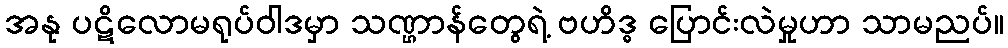
အနု ပဋိလောမရုပ်ဝါဒမှာ သဏ္ဌာန်တွေရဲ့ ဗဟိဒ္ဓ ပြောင်းလဲမှုဟာ သာမညပ်။